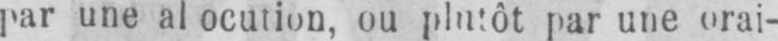
par une orai-